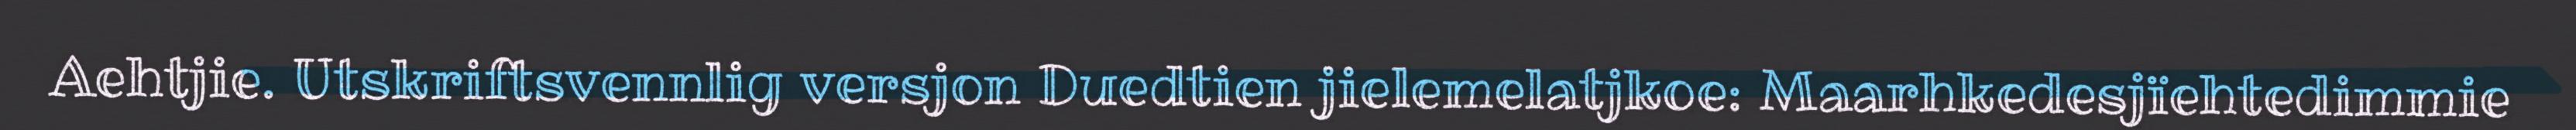
Aehtjie. Utskriftsvennlig versjon Duedtien jielemelatjkoe: Maarhkedesjïehtedimmie